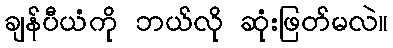
ချန်ပီယံကို ဘယ်လို ဆုံးဖြတ်မလဲ။